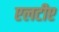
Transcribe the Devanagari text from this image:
एलटीए